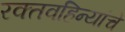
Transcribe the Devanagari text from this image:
रक्तवहिन्यांचे